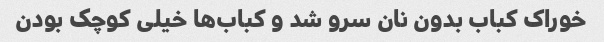
خوراک کباب بدون نان سرو شد و کباب‌ها خیلی کوچک بودن